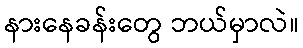
နားနေခန်းတွေ ဘယ်မှာလဲ။